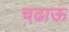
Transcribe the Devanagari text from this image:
चढाऊ